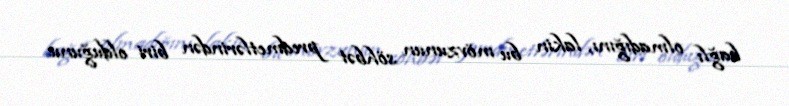
bağlı olmadığını, lakin bu mövzunun söhbət predmetlərindən biri olduğunu